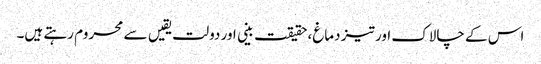
اس کے چالاک اور تیز دماغ،حقیقت بینی اور دولت یقیں سے محروم رہتے ہیں۔